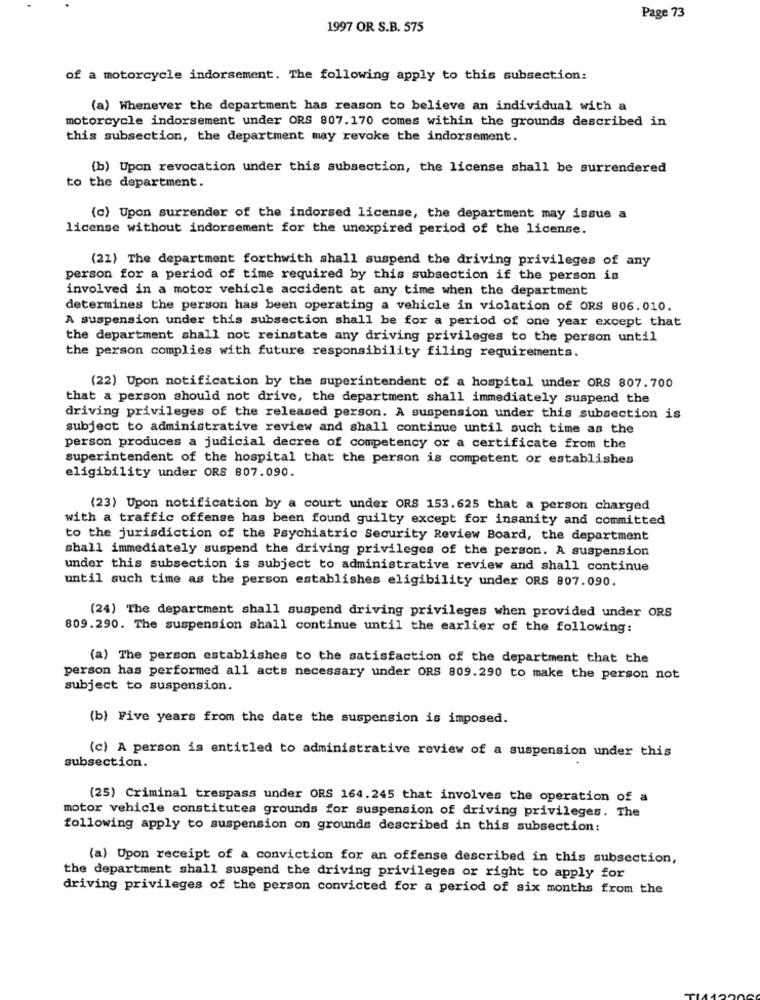
Page 73
1997 OR S.B. 575
of a motorcycle indorsement. The following apply to this subsection:
(a) Whenever the department has reason to believe an individual with a
motorcycle indorsement under ORS 807.170 comes within the grounds described in
this subsection, the department may revoke the indorsement.
(b) Upon revocation under this subsection, the license shall be surrendered
to the department.
(c) Upon surrender of the indorsed license, the department may issue a
license without indorsement for the unexpired period of the license.
(21) The department forthwith shall suspend the driving privileges of any
person for a period of time required by this subsection if the person is
involved in a motor vehicle accident at any time when the department
determines the person has been operating a vehicle in violation of ORS 806.010.
A suspension under this subsection shall be for a period of one year except that
the department shall not reinstate any driving privileges to the person until
the person complies with future responsibility filing requirements.
(22) Upon notification by the superintendent of a hospital under ORS 807.700
that a person should not drive, the department shall immediately suspend the
driving privileges of the released person. A suspension under this subsection is
subject to administrative review and shall continue until such time as the
person produces a judicial decree of competency or a certificate from the
superintendent of the hospital that the person is competent or establishes
eligibility under ORS 807.090.
(23) Upon notification by a court under ORS 153.625 that a person charged
with a traffic offense has been found guilty except for insanity and committed
to the jurisdiction of the Psychiatric Security Review Board, the department
shall immediately suspend the driving privileges of the person. A suspension
under this subsection is subject to administrative review and shall continue
until such time as the person establishes eligibility under ORS 807.090.
(24) The department shall suspend driving privileges when provided under ORS
809.290. The suspension shall continue until the earlier of the following:
(a) The person establishes to the satisfaction of the department that the
person has performed all acts necessary under ORS 809.290 to make the person not
subject to suspension.
(b) Five years from the date the suspension is imposed.
(c) A person is entitled to administrative review of a suspension under this
subsection.
(25) Criminal trespass under ORS 164.245 that involves the operation of a
motor vehicle constitutes grounds for suspension of driving privileges. The
following apply to suspension on grounds described in this subsection:
(a) Upon receipt of a conviction for an offense described in this subsection,
the department shall suspend the driving privileges or right to apply for
driving privileges of the person convicted for a period of six months from the